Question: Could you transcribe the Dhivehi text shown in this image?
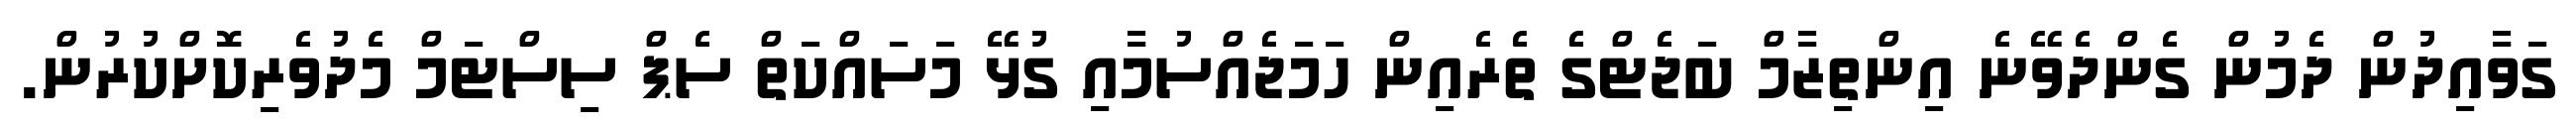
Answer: ގަވާއިދުން ދެމުން ގެންދެވޭނެ އިންތިޒާމް ބަޖެޓްގެ ތެރެއިން ހަމަޖެއްސުމާއި ގުޅޭ މަސައްކަތް ސެޕް ސިސްޓަމް މެދުވެރިކޮށްކުރުން.